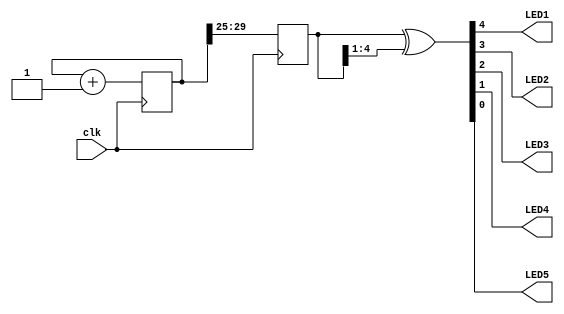
module top (
	input  clk,
	output LED1,
	output LED2,
	output LED3,
	output LED4,
	output LED5
);

	localparam BITS = 5;
	localparam LOG2DELAY = 25;

	reg [BITS+LOG2DELAY-1:0] counter = 0;
	reg [BITS-1:0] outcnt;

	always @(posedge clk) begin
		counter <= counter + 1;
		outcnt <= counter >> LOG2DELAY;
	end

	assign {LED1, LED2, LED3, LED4, LED5} = outcnt ^ (outcnt >> 1);
endmodule